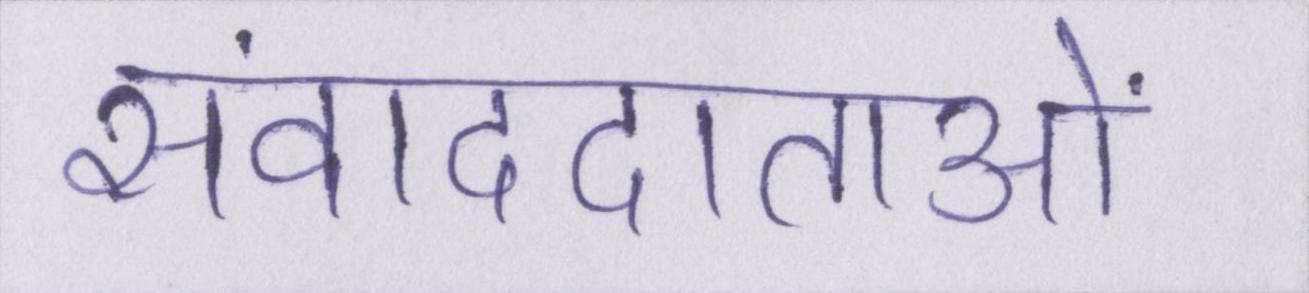
संवाददाताओं